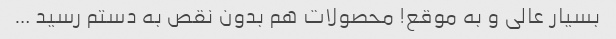
بسیار عالی و به موقع! محصولات هم بدون نقص به دستم رسید …